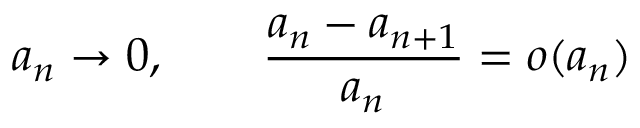
a _ { n } \rightarrow 0 , \qquad { \frac { a _ { n } - a _ { n + 1 } } { a _ { n } } } = o ( a _ { n } )